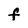
Character: F